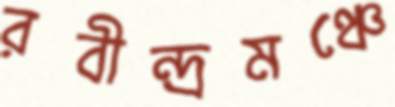
রবীন্দ্রমঞ্চে